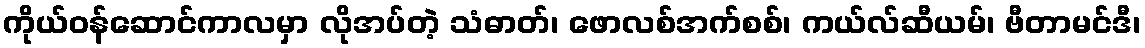
ကိုယ်ဝန်ဆောင်ကာလမှာ လိုအပ်တဲ့ သံဓာတ်၊ ဖောလစ်အက်စစ်၊ ကယ်လ်ဆီယမ်၊ ဗီတာမင်ဒီ၊